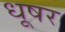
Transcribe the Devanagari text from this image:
धूषर